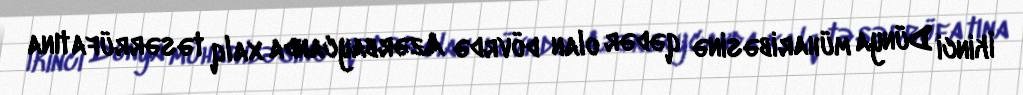
İkinci Dünya müharibəsinə qədər olan dövrdə Azərbaycanda xalq təsərrüfatına